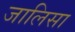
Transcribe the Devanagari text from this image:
जालिसा